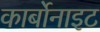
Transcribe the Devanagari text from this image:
कार्बोनाइट